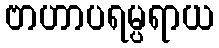
ဗာဟာပရမ္ပရာယ